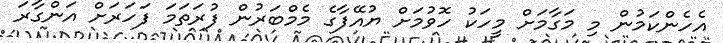
އެހެންކަމުން މި މަގާމަށް މީހަކު ހޮވުމަށް ޔުއޭފާގެ މެމްބަރުން ފުރަތަމަ ފަހަރަށް އަންގާރަ